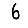
Digit: 6